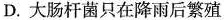
D.大肠杆菌只在降雨后繁殖